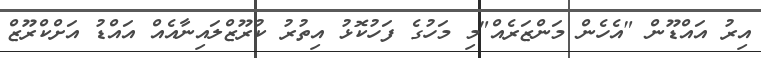
އިރު އައްޑޫން "އެހެން މަންޒަރެއް"މި މަހުގެ ފަހުކޮޅު އިތުރު ކުރޫޒްލައިނާއެއް އައްޑު އަށްކްރޫޒް